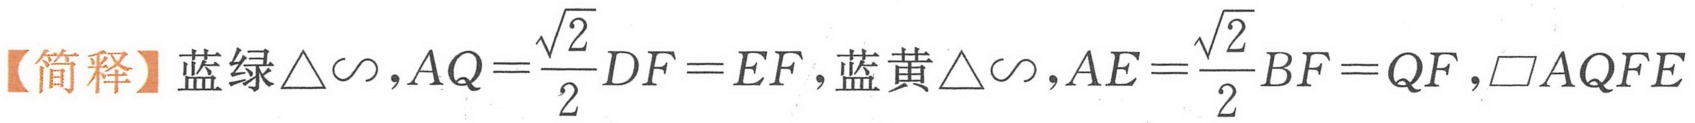
【简释】蓝绿\(\triangle\sim\)，\(AQ = \frac{\sqrt{2}}{2}DF = EF\)，蓝黄\(\triangle\sim\)，\(AE=\frac{\sqrt{2}}{2}BF = QF\)，\(\square AQFE\)